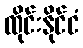
ထိုင်းနိုင်ငံ